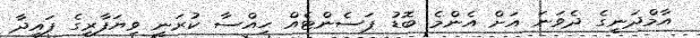
އާމްދަނީގެ ދެވަނަ އަށް އެންމެ ބޮޑު ޕަސެންޓެއް ހިއްސާ ކުރަނީ ވިޔަފާރީގެ ފައިދާ